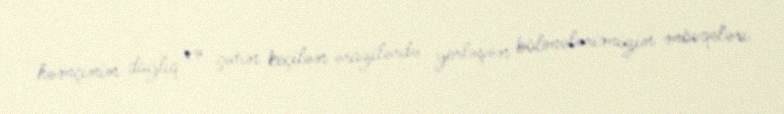
həmçinin dağlıq və çətin keçilən ərazilərdə yerləşən bölmələrimizin mövqeləri